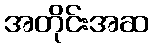
အတိုင်းအဆ